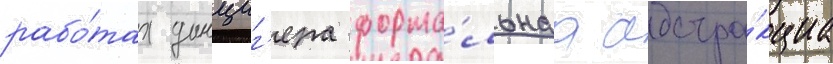
рабо́тах данциг'ера форма́льнаа абстра́кциа